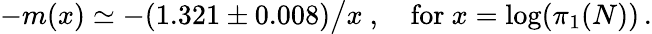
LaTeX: -m(x)\simeq-(1.321\pm 0.008)\big/x\ ,\quad\mathrm{for~}x=\log(\pi_{1}(N))\, .